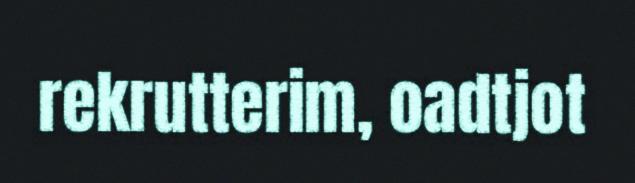
rekrutterim, oadtjot